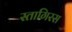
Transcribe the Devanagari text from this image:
स्तागिरस